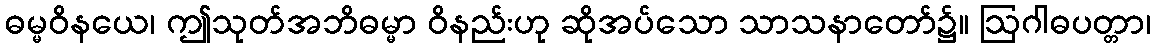
ဓမ္မဝိနယေ၊ ဤသုတ်အဘိဓမ္မာ ဝိနည်းဟု ဆိုအပ်သော သာသနာတော်၌။ ဩဂါဓပတ္တာ၊